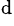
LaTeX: ^\mathrm{d}